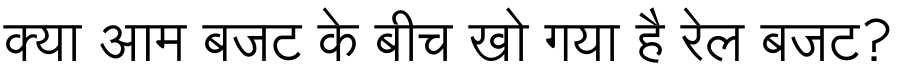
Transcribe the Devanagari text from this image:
क्या आम बजट के बीच खो गया है रेल बजट?